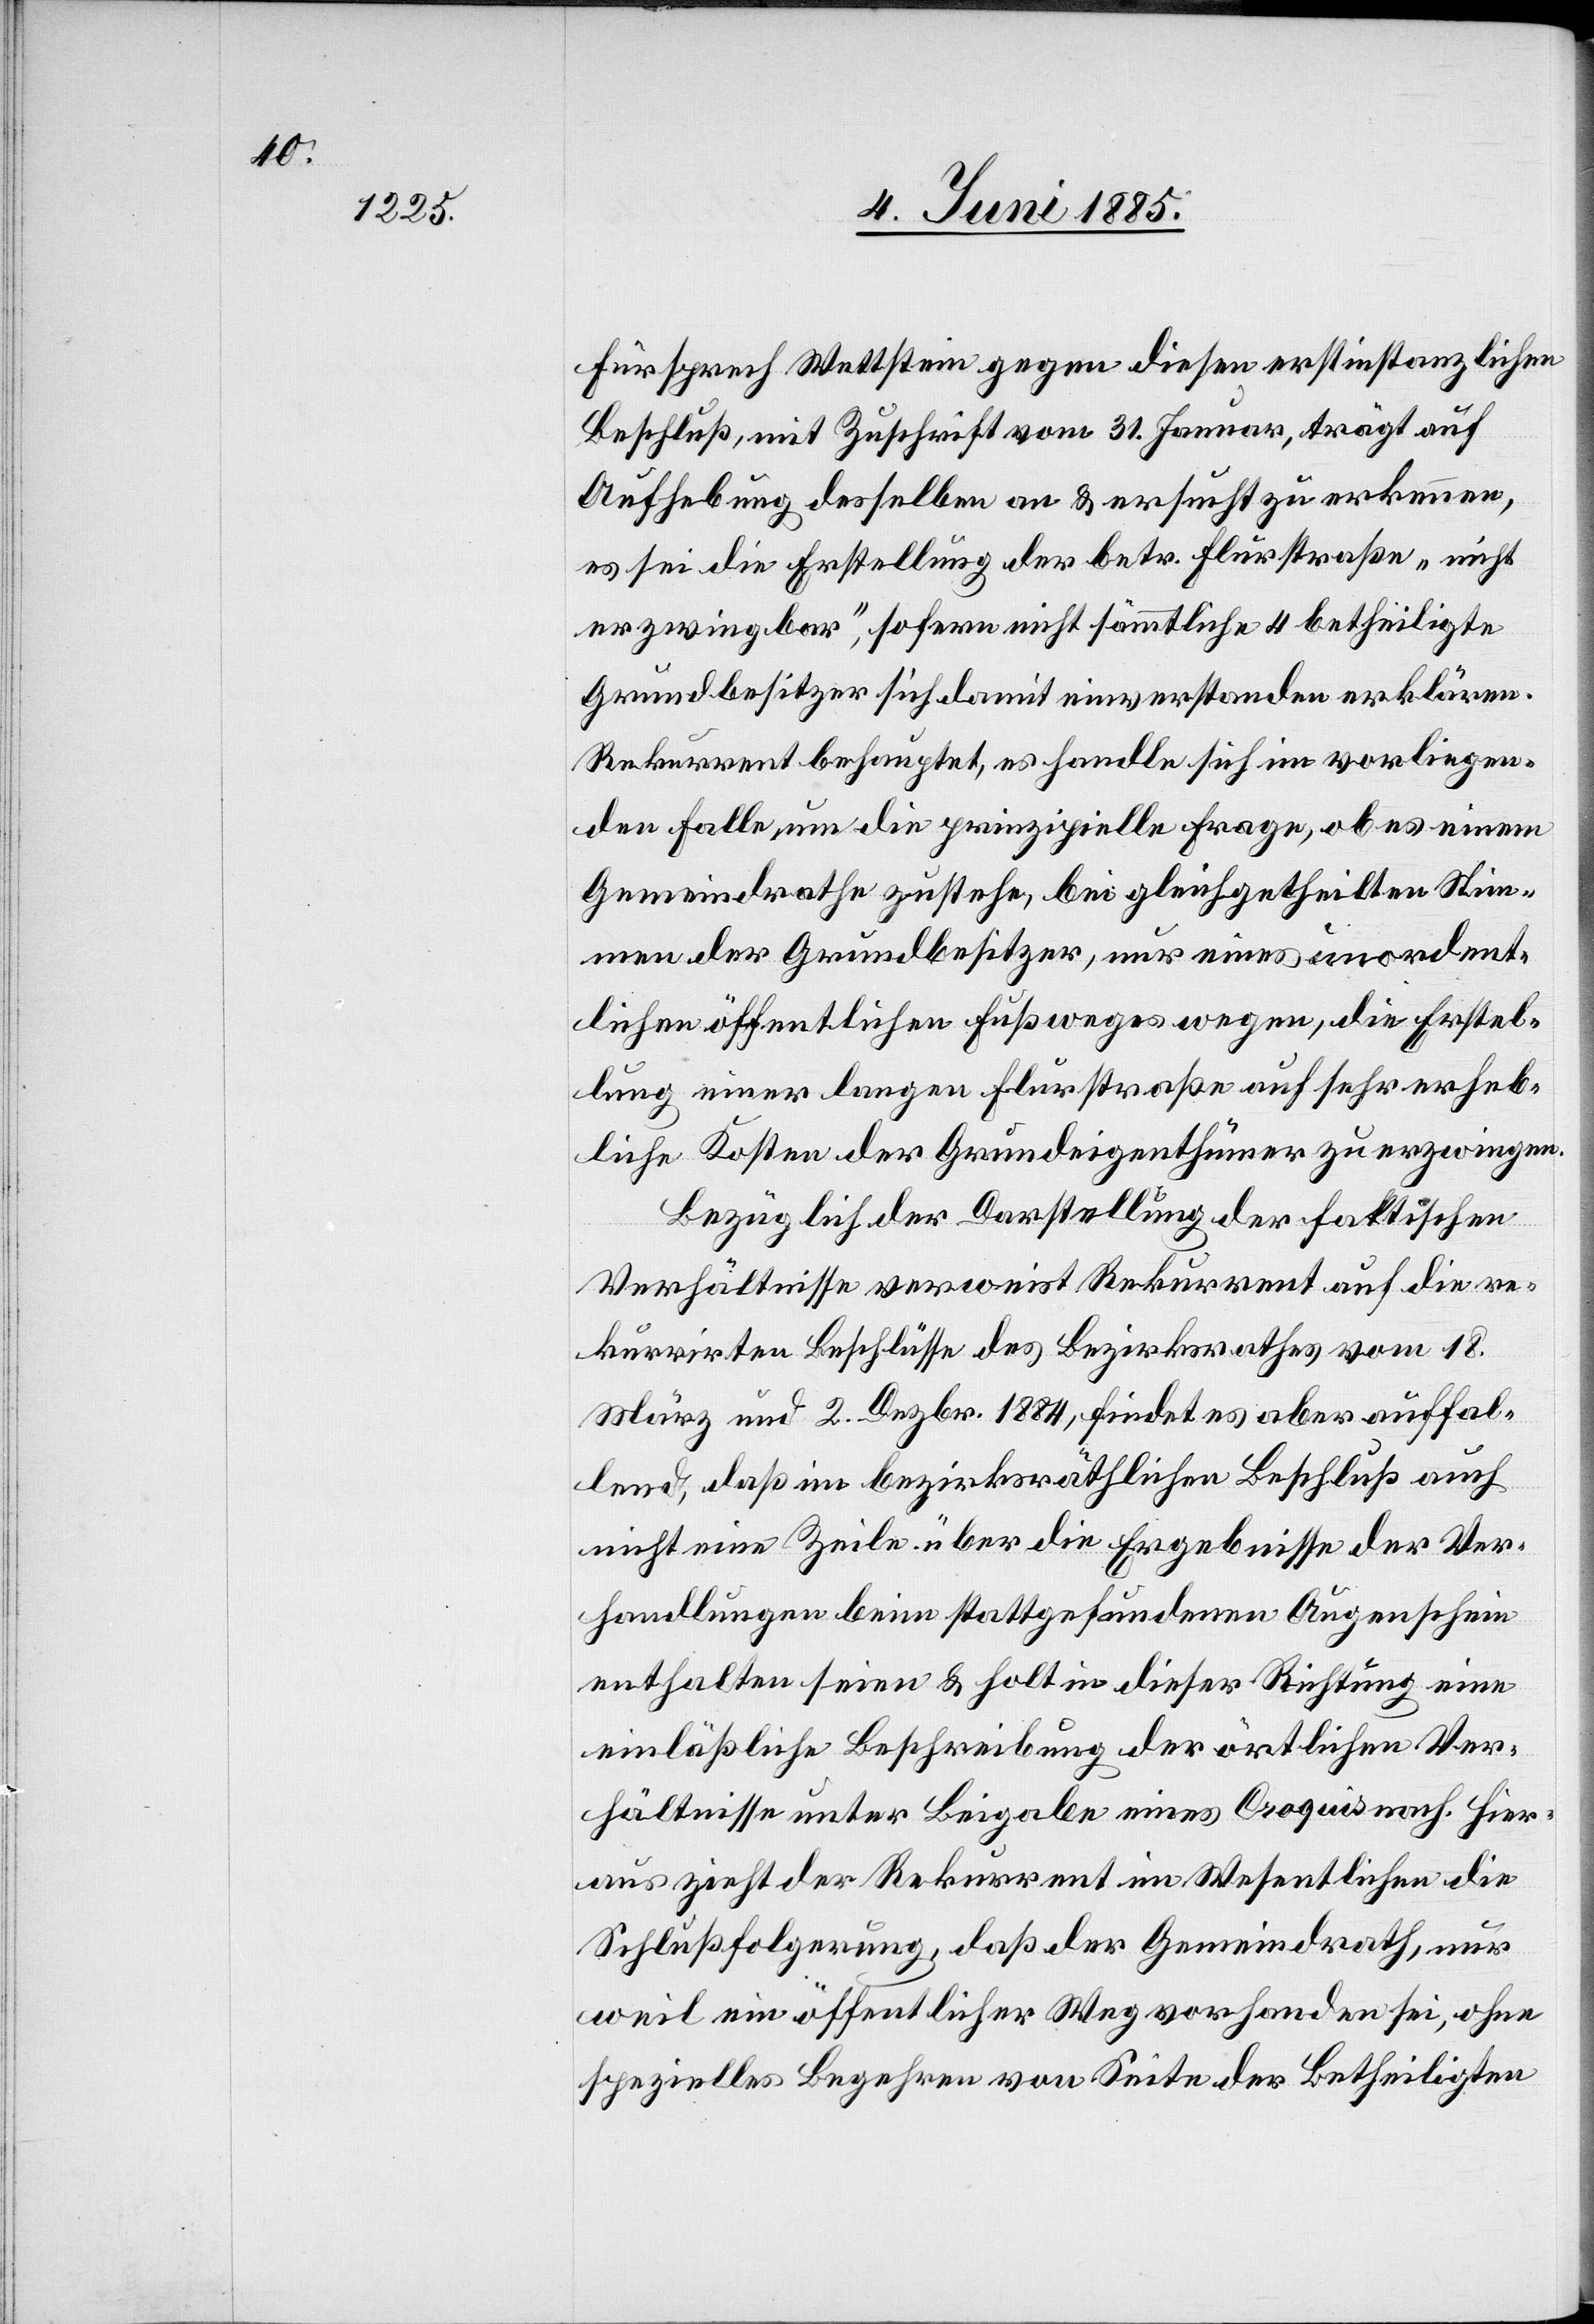
Fürsprech Wettstein gegen diesen erstinstanzlichen
Beschluß, mit Zuschrift vom 31. Jenner, trägt auf
Aufhebung desselben an & ersucht zu erkennen,
es sei die Erstellung der betr. Flurstraße „nicht
erzwingbar“, sofern nicht sämmtliche 4 betheiligte
Grundbesitzer sich damit einverstanden erklären.
Rekurrent behauptet, es handle sich im vorliegen¬
den Falle, um die prinzipielle Frage, ob es einem
Gemeindrathe zustehe, bei gleichgetheilten Stim¬
men der Grundbesitzer, nur eines unordent¬
lichen öffentlichen Fußweges wegen, die Erstel¬
lung einer langen Flurstraße auf sehr erheb¬
liche Kosten der Grundeigenthümer zu erzwingen.
Bezüglich der Darstellung der faktischen
Verhältnisse verweist Rekurrent auf die re¬
kurrirten Beschlüsse des Bezirksrathes vom 18.
März und 2. Dezbr. 1884, findet es aber auffal¬
lend, daß im bezirksräthlichen Beschluß auch
nicht eine Zeile über die Ergebnisse der Ver¬
handlungen beim stattgefundenen Augenschein
enthalten seien & holt in dieser Richtung eine
einläßliche Beschreibung der örtlichen Ver¬
hältnisse unter Beigabe eines Croquis nach. Hier¬
aus zieht der Rekurrent im Wesentlichen die
Schlußfolgerung, daß der Gemeindrath, nur
weil ein öffentlicher Weg vorhanden sei, ohne
spezielles Begehren von Seite der Betheiligten